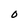
Character: O